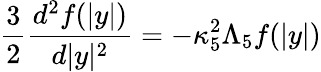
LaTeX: {\frac{3}{2}}{\frac{d^{2}f(|y|)}{d|y|^{2}}}=-\kappa_{5}^{2}\Lambda_{5}f(|y|)